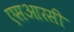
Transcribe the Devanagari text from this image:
एसआरसी